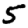
Digit: 5